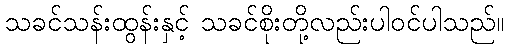
သခင်သန်းထွန်းနှင့် သခင်စိုးတို့လည်းပါဝင်ပါသည်။